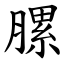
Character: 䐯